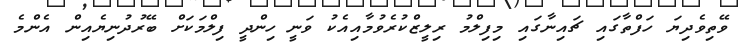
ވޭތިވެދިޔަ ހަފްތާގައި ޗައިނާގައި މިފިލްމު ރިލީޒްކުރެވުމާއިއެކު ވަނީ ހިންދީ ފިލްމަކަށް ބޭރުދުނިޔެއިން އެންމެ